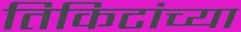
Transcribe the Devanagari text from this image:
तिकिटांच्या